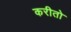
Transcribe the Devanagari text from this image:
करीतो